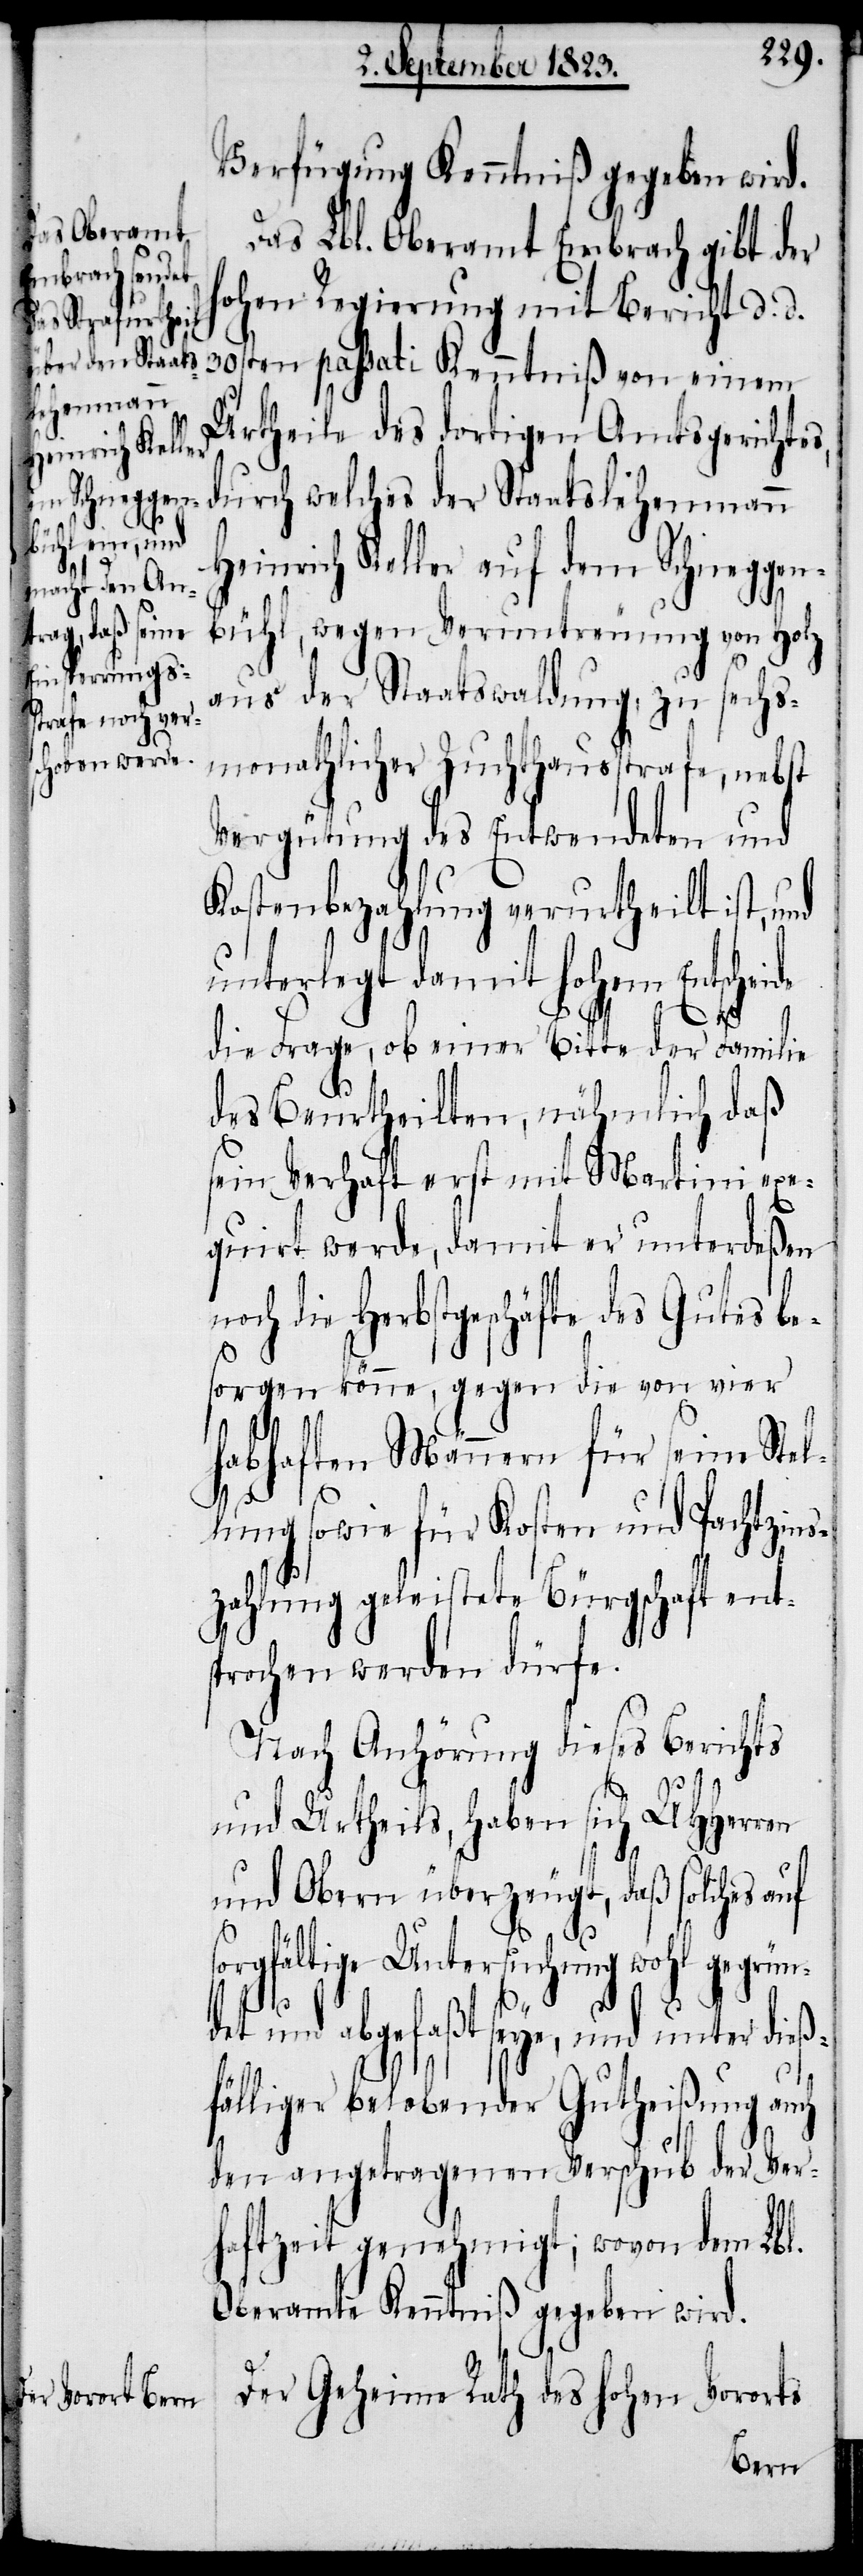
Verfügung Kenntniß gegeben wird.
Das Lbl. Oberamt Embrach gibt der
hohen Regierung mit Bericht d. d.
30sten passati Kenntniß von einem
Urtheile des dortigen Amtsgerichtes,
durch welches der Staatslehenmann
Heinrich Keller auf dem Schneggen¬
bühl, wegen Veruntreuung von Holz
aus der Staatswaldung, zu sechs¬
monathlicher Zuchthausstrafe, nebst
Vergütung des Entwendeten und
Kostenbezahlung verurtheilt ist, und
unterlegt damit hohem Entscheide
en
die Frage, ob einer Bitte der Familie
des Beurtheilten, nähmlich daß
sein Verhaft erst mit Martini exe¬
quirt werde, damit er unterdeßen
die Herbstgeschäfte des Gutes b¬
esorgen könne, gegen die von vier
habhaften Männern für seine Stel¬
lung sowie für Kosten und Pachtzins¬
zahlung geleistete Bürgschaft ents¬
prochen werden dürfe.
Nach Anhörung dieses Berichts
und Urtheils, haben sich UHHerr¬
und Obern überzeugt, daß solches auf
gfältige Untersuchung wohl gegrü¬
det und abgefaßt seye, und unter dieß¬
n¬
fälliger belobender Gutheißung auch
den angetragenen Verschub der Ver¬
haftzeit genehmigt; wovon dem Lbl.
Oberamte Kenntniß gegeben wird.
Der Geheime Rath des hohen Vororts